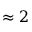
\approx 2